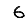
Digit: 6